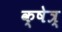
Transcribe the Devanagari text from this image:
क्षेत्र्‍